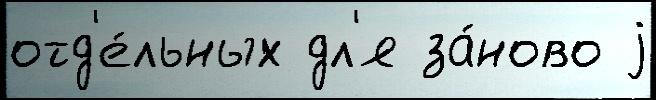
отд'е́льных дл'я за́ново j